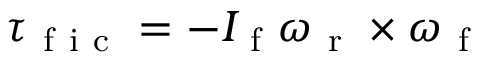
\boldsymbol { \tau } _ { \mathrm { ~ f ~ i ~ c ~ } } = - I _ { \mathrm { ~ f ~ } } \boldsymbol { \omega } _ { \mathrm { ~ r ~ } } \times \boldsymbol { \omega } _ { \mathrm { ~ f ~ } }